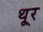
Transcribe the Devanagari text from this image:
थू्र